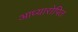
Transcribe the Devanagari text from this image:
आध्यारोपित